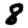
Digit: 8